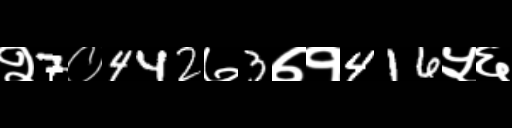
Text: २7०442७3७१416५६